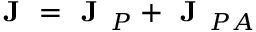
\textbf { J } = \textbf { J } _ { P } + \textbf { J } _ { P A }